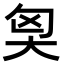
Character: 𡘅